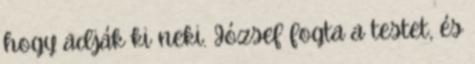
hogy adják ki neki. József fogta a testet, és